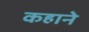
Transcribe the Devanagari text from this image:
कहाने